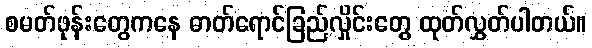
စမတ်ဖုန်းတွေကနေ ဓာတ်ရောင်ခြည်လှိုင်းတွေ ထုတ်လွှတ်ပါတယ်။